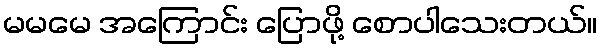
မမမေ အကြောင်း ပြောဖို့ စောပါသေးတယ်။